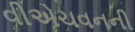
વીએચવનની